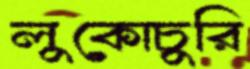
লুকোচুরি